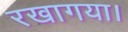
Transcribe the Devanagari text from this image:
रखागया।